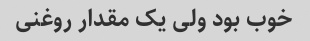
خوب بود ولی یک مقدار روغنی